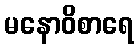
မနောဝိစာရေ